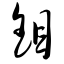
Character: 钼